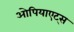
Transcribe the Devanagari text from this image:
ओपियाएट्स